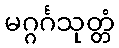
မဂ္ဂင်္ဂသုတ္တံ